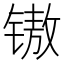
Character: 𰾧